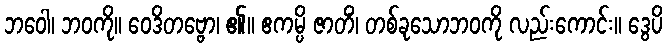
ဘဝေါ၊ ဘဝကို။ ဝေဒိတဗ္ဗော၊ ၏။ ဧကမ္ပိ ဇာတိံ၊ တစ်ခုသောဘဝကို လည်းကောင်း။ ဒွေပိ